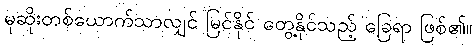
မုဆိုးတစ်ယောက်သာလျှင် မြင်နိုင် တွေ့နိုင်သည့် ခြေရာ ဖြစ်၏။